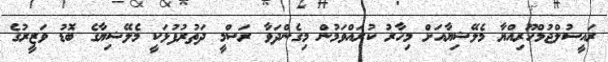
ރައީސުލްޖުމްހޫރިއްޔާ މެލޭޝިޔާއަށް މިހާރު ކުރައްވަމުން މިގެންދަވާ ރަސްމީ ދަތުރުފުޅަކީ މެލޭޝިޔާގެ ބޮޑު ވަޒީރުގެ